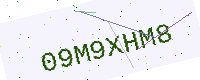
Text: 09M9XHM8